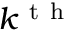
k ^ { \mathrm { ~ t ~ h ~ } }